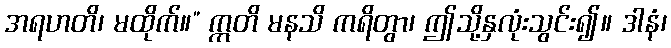
အရဟတိ၊ မထိုက်။” ဣတိ မနသိ ကရိတွာ၊ ဤသို့နှလုံးသွင်း၍။ ဒါနံ၊